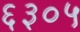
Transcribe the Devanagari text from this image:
६३०५